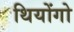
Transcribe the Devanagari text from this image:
थियोंगो